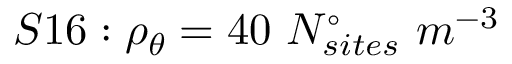
S 1 6 : \rho _ { \theta } = 4 0 \ N _ { s i t e s } ^ { \circ } \ m ^ { - 3 }